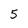
Character: 5